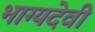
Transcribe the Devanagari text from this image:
भाग्यदेवी